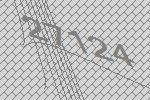
27124